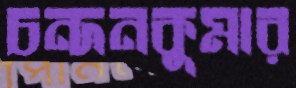
চন্দনকুমার